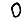
Digit: 0